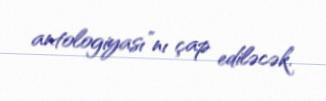
antologiyası”nı çap ediləcək.